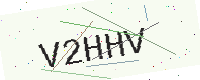
Text: V2HHV